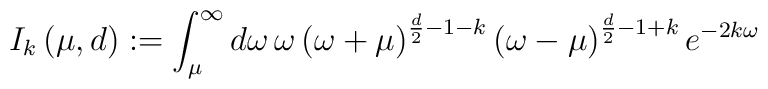
I_{k}\left( \mu ,d\right) :=\int _{\mu }^{\infty }d\omega \, \omega \left( \omega +\mu \right) ^{\frac{d}{2}-1-k}\left( \omega -\mu \right) ^{\frac{d}{2}-1+k}e^{-2k\omega }